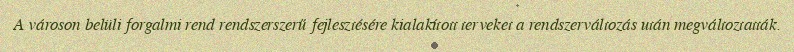
A városon belüli forgalmi rend rendszerszerű fejlesztésére kialakított terveket a rendszerváltozás után megváltoztatták.